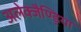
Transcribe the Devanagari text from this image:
अलेक्जैण्ड्रिया